Punjab Mental Hospital Lahore 1922-31 - 1922-1931
Year: 1922
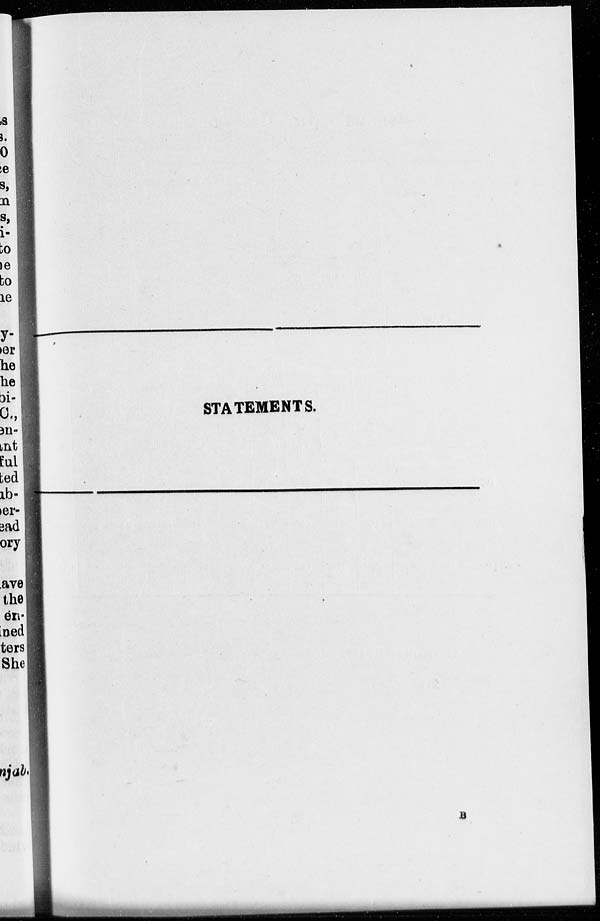
STATEMENTS.
B